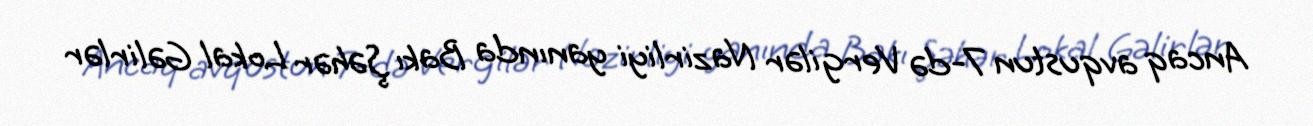
Ancaq avqustun 7-də Vergilər Nazirliyi yanında Bakı Şəhər Lokal Gəlirlər